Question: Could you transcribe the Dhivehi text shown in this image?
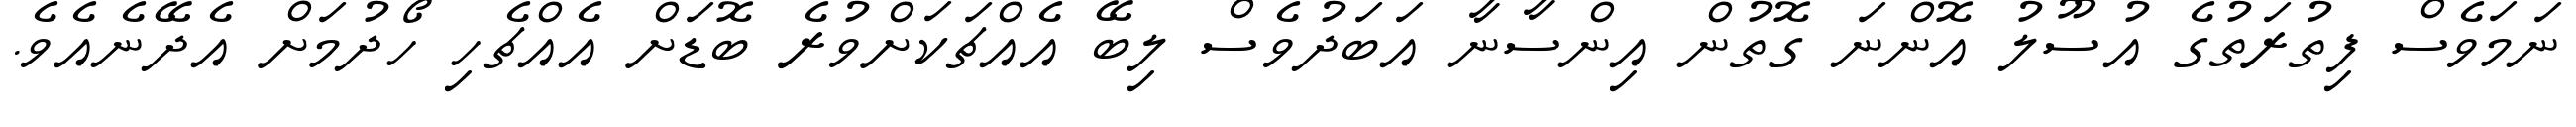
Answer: ނަމަވެސް ފިތުރަތުގެ އުސޫލު އޮންނަ ގޮތުން އިންސާނާ އަބަދުވެސް ލިބޭ އެއްޗަކަށްވުރެ ބޮޑަށް އެއްޗެހި ހޯދުމަށް އެދޭނެއެވެ.